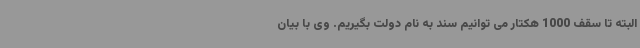
البته تا سقف 1000 هکتار می توانیم سند به نام دولت بگیریم. وی با بیان